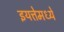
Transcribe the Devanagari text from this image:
इयत्तेमध्ये